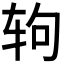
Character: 𰺁